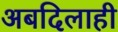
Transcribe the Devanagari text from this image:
अबदिलाही